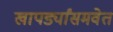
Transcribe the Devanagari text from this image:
खापर्ड्यांसमवेत